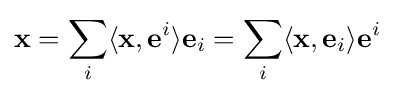
\mathbf {x} =\sum _{i}\langle \mathbf {x} ,\mathbf {e} ^{i}\rangle \mathbf {e} _{i}=\sum _{i}\langle \mathbf {x} ,\mathbf {e} _{i}\rangle \mathbf {e} ^{i}